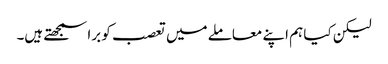
لیکن کیا ہم اپنے معاملے میں تعصب کو برا سمجھتے ہیں۔